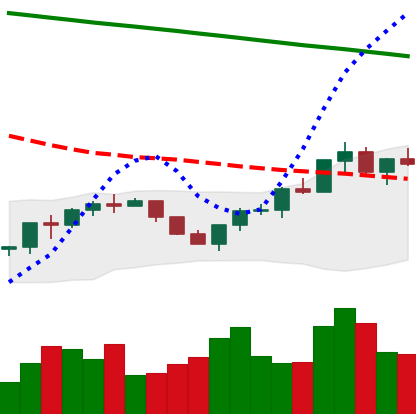
Ticker: BNB-USD
Chart end date: 2022-07-22
Forward return: 3.282%
Label: up_3_5